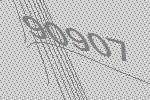
90907